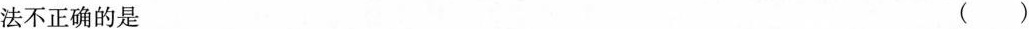
法不正确的是()